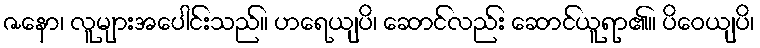
ဇနော၊ လူများအပေါင်းသည်။ ဟရေယျပိ၊ ဆောင်လည်း ဆောင်ယူရာ၏။ ပိဝေယျပိ၊